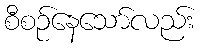
စီစဉ်နေသော်လည်း